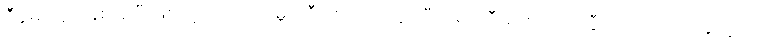
ဒီပွဲမှာ ၄၁ နှစ် ရှိပြီ ဖြစ်တဲ့ တိုက်စစ်မှူးကြီး ဇလာတန် အီဘရာဟီမိုဗစ် ဟာ ဆွီဒင် အသင်းအတွက်